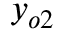
y _ { o 2 }